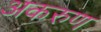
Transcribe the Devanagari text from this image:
अकरुण